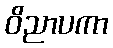
ဝိညာပကာ